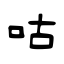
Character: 咕